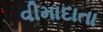
વીમાદાતા